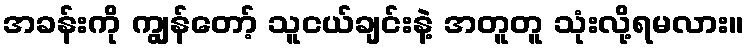
အခန်းကို ကျွန်တော့် သူငယ်ချင်းနဲ့ အတူတူ သုံးလို့ရမလား။